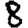
Digit: 8